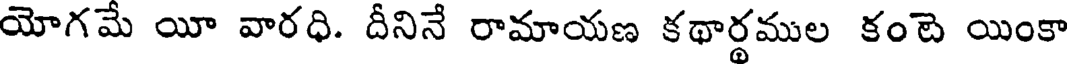
యోగమే యీ వారధి. దీనినే రామాయణ కథార్థముల కంటె యింకా